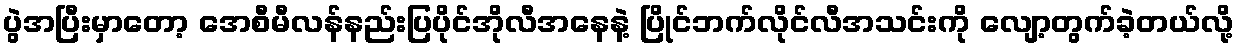
ပွဲအပြီးမှာတော့ အေစီမီလန်နည်းပြပိုင်အိုလီအနေနဲ့ ပြိုင်ဘက်လိုင်လီအသင်းကို လျော့တွက်ခဲ့တယ်လို့